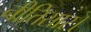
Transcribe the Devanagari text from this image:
नीतिसार।